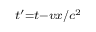
\scriptstyle { t ^ { \prime } = t - { v x } / { c ^ { 2 } } }